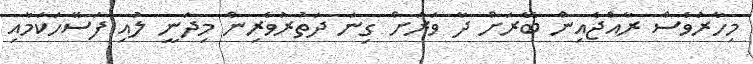
މިހާރުވެސް ރާއްޖެއިން ބޭރަށް ދާ ވަރަށް ގިނަ ދަތުރުވެރިން މިދަނީ ލުއި ފަސޭހަކަމާއި